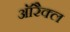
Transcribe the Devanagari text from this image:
ऑरैक्ल